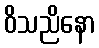
ဝိသညိနော